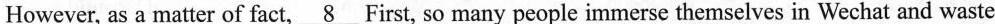
However, as a matter of fact,\underline{8}First, so many people immerse themselves in Wechat and waste